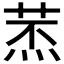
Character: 𦱷